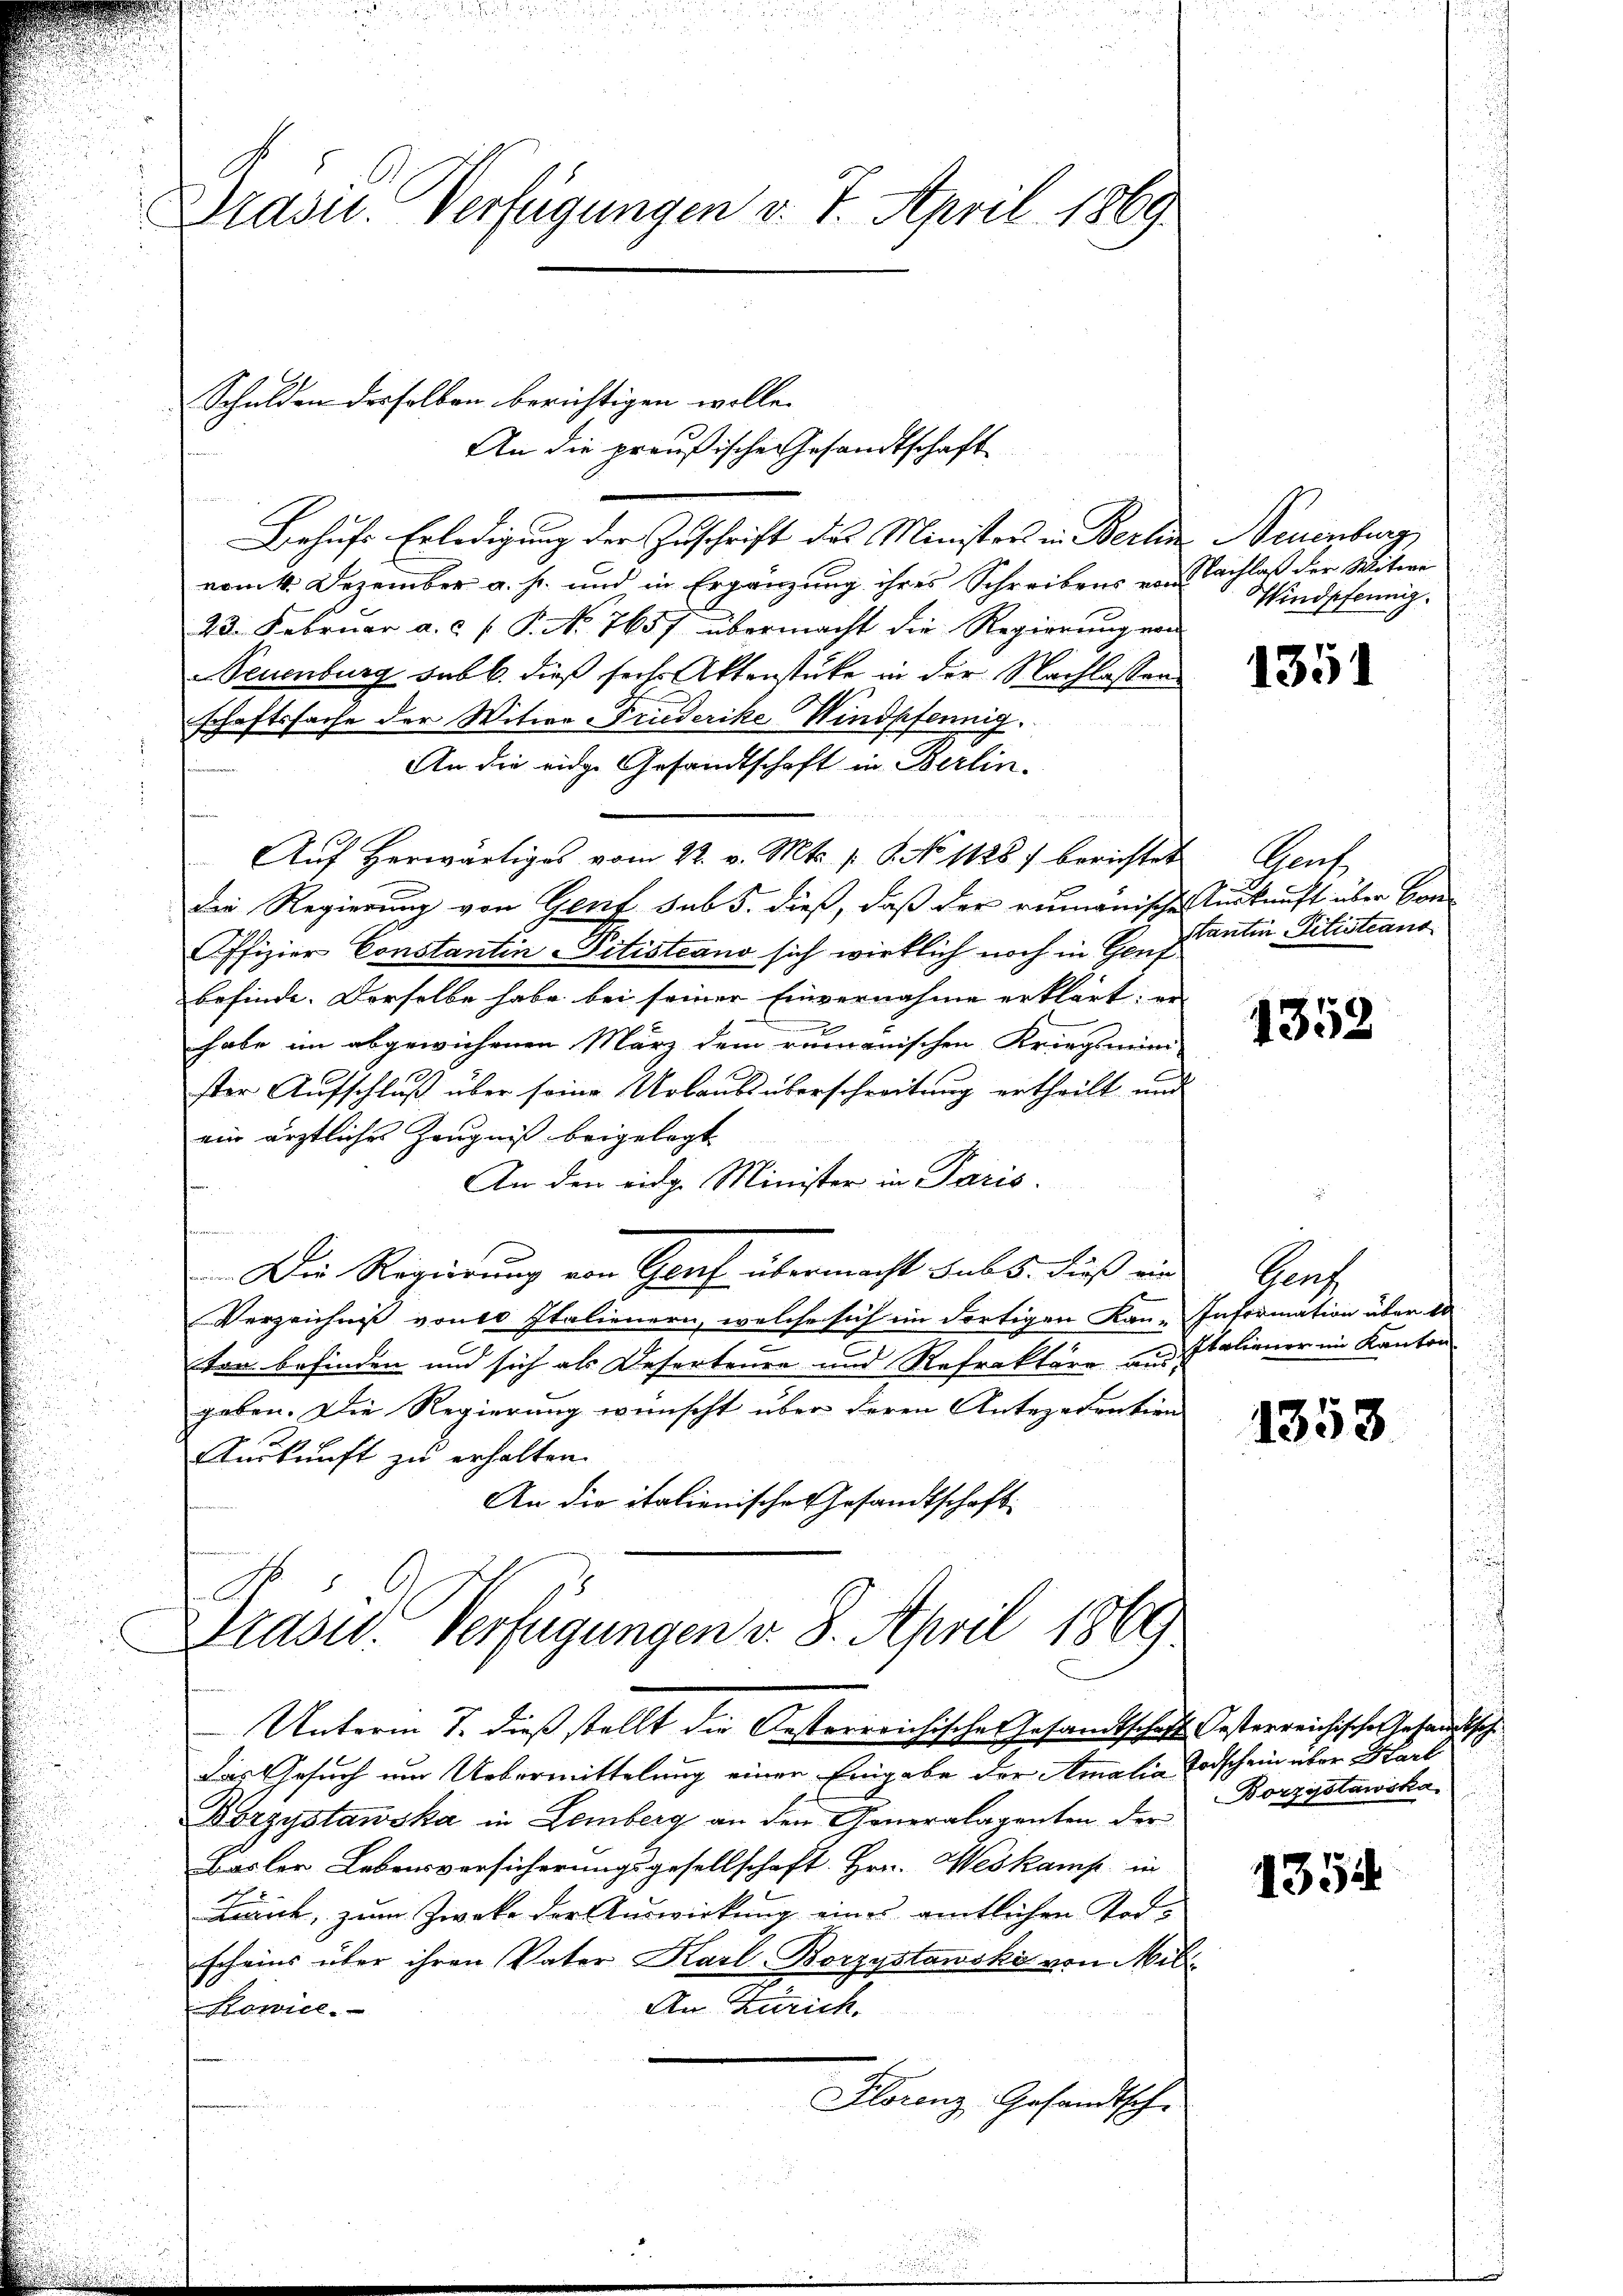
Präsid. Verfügungen v. 7. April 1869.

An die preußische Gesandtschaft
Behufs Erledigung der Zuschrift des Ministers in Berlin Neuenburg,
vom 4. Dezember a. h. und in Ergänzung ihres Schreibens von Nachlaß der Witwe
23. Februar a.c. ( P. No. 7657 übermacht die Regierung von
Seuenburg sub b. dieß sechs Aktenstücke in der Nachlassens
schaftssache der Witwe Friederike Windpfennig.
An die eidge Gesandtschaft in Berlin-
Aŭf herwärtiges vom 22. v. Mts. 1. 8. No 1128. berichtet Genf
die Regierung von Genf sub 5. dieß, daß der rumänische Auskunft über Han
Offizier Constantin Pitistiano sich wirklich noch in Genf
befinde. Derselbe habe bei seiner Einvernahme erklärt; in
.
habe im abgewichenen März dem rumänischen Kriegsmini-
ster Aufschluß über seine Urlaubsüberschreitung ertheilt, und
ein ärztliches Zeugniß beigelegt
An den eidge Minister in Paris.
e
Die Regierung von Graf übermacht sub 6. dieß ein
Verzeichniß von 10 Italienern, welche sich im dortigen Kan-Information über e
ten befinden und sich als Deserteure und Refraktäre und Italiener im Kanton
gaben. Die Regierung wünscht über deren Antezadration
Auskunft zu erhalten.
An die italienische Gesandtschaft

Schulden desselben berichtigen wolle.

s

Das Gesuch um Uebermittelung einer Eingabe der Amalia Todschein über Hart
Borzystawska in Lemberg an den Generalagenten der
Basler Lebensversicherungsgesellschaft. Hrn. Weskamp in
Liant, zum Zwecke der Auswirkung eines amtlichen Todscheins über ihren Vater Karl-Borzystanski von Mili
An Zürich,
Kowice.
Florenz, Gesandtsche

. C
Drasu. Verfügungen v. 8. April 1869
Unterm 7. dieß stellt die Oesterreichisches Gesandtschafft, Gesterreichische Gesandtsch

Windspfennig.

1351

stantin Pilistians

1352

Graf

1353

Borzystawska

354